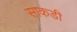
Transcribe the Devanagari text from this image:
साकडी